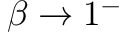
\beta \rightarrow 1 ^ { - }